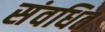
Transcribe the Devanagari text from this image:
संवधित